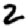
Digit: 2